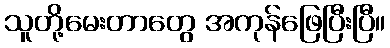
သူတို့မေးတာတွေ အကုန်ဖြေပြီးပြီ။